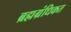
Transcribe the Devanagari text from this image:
ब्रह्मग्रंधिकत